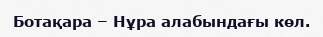
Ботақара – Нұра алабындағы көл.